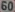
60